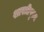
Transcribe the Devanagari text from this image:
शास्त्रीपुरम